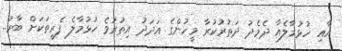
އާއި ހުޅުމާލެއާ ދެމެދު ދަތުރުކުރާ މީހުންގެ އަދަދު އިތުރުވެ ހުޅުމާލެ ފެރީތަކަށް ބާރު..